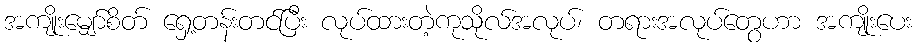
အကျိုးမျှော်စိတ် ရှေ့တန်းတင်ပြီး လုပ်ထားတဲ့ကုသိုလ်အလုပ်၊ တရားအလုပ်တွေဟာ အကျိုးပေး